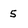
Character: 5